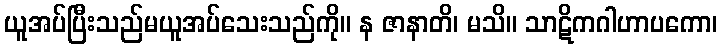
ယူအပ်ပြီးသည်မယူအပ်သေးသည်ကို။ န ဇာနာတိ၊ မသိ။ သာဋိကဂါဟာပကော၊